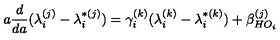
a \frac { d } { d a } ( \lambda _ { i } ^ { ( j ) } - \lambda _ { i } ^ { * ( j ) } ) = \gamma _ { i } ^ { ( k ) } ( \lambda _ { i } ^ { ( k ) } - \lambda _ { i } ^ { * ( k ) } ) + \beta _ { H O _ { i } } ^ { ( j ) }